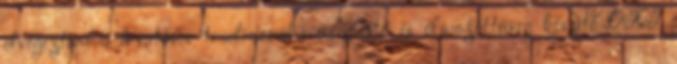
elvégeztem a hivatásos tradícionális üvegfestő és ólmozottüveg készítő OKJ